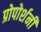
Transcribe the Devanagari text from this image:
प्रोपोर्शनी